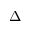
\Delta